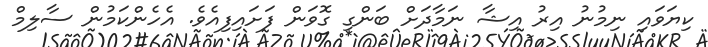
ކިޔަވައި ނިމުނު އިރު އިޝާ ނަމާދަށް ބަންގި ގޮވަން ފަށައިފިއެވެ. އެހެންކަމުން ސާލިމް